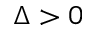
\Delta > 0